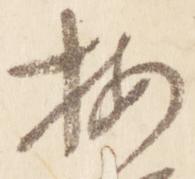
按